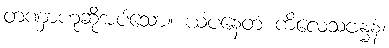
တဏှာဟုဆိုအပ်သော။ ယံပနေတံ ကိလေသဗန္ဓနံ၊